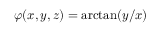
\varphi ( x , y , z ) = \arctan ( y / x )